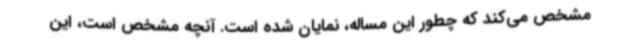
مشخص می‌کند که چطور این مساله، نمایان شده است. آنچه مشخص است، این